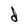
Character: d